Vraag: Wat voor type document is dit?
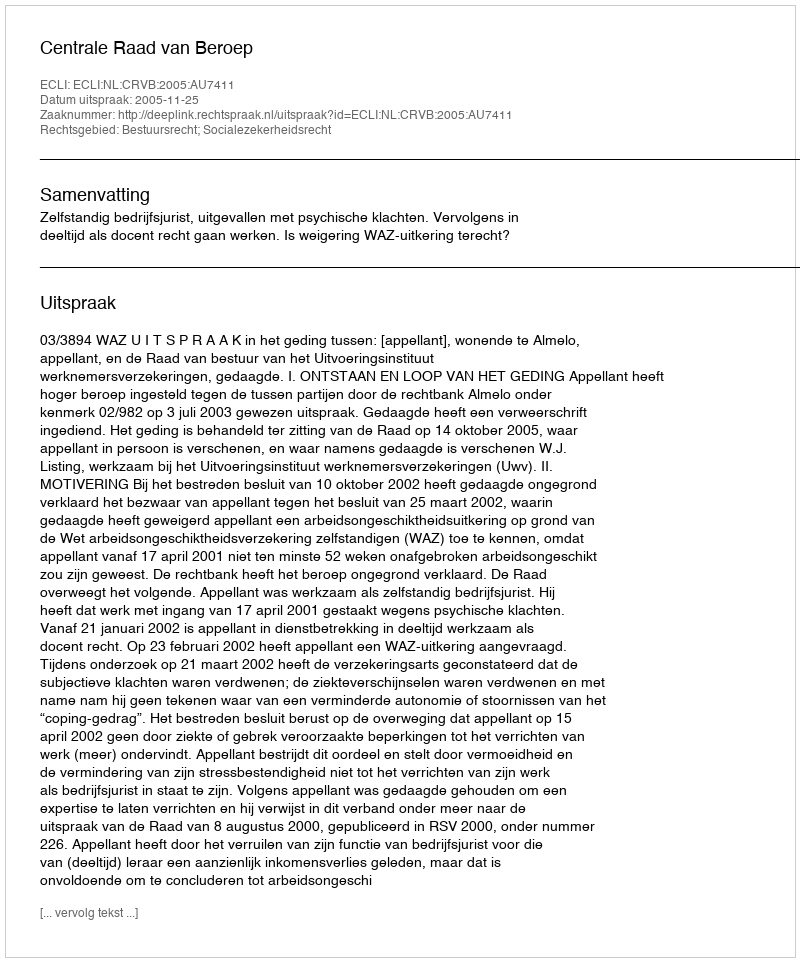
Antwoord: Uitspraak